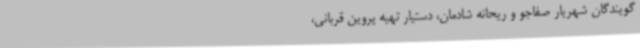
گویندگان شهریار صفاجو و ریحانه شادمان، دستیار تهیه پروین قربانی،